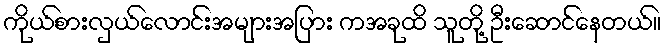
ကိုယ်စားလှယ်လောင်းအများအပြား ကအခုထိ သူတို့ ဦးဆောင်နေတယ်။